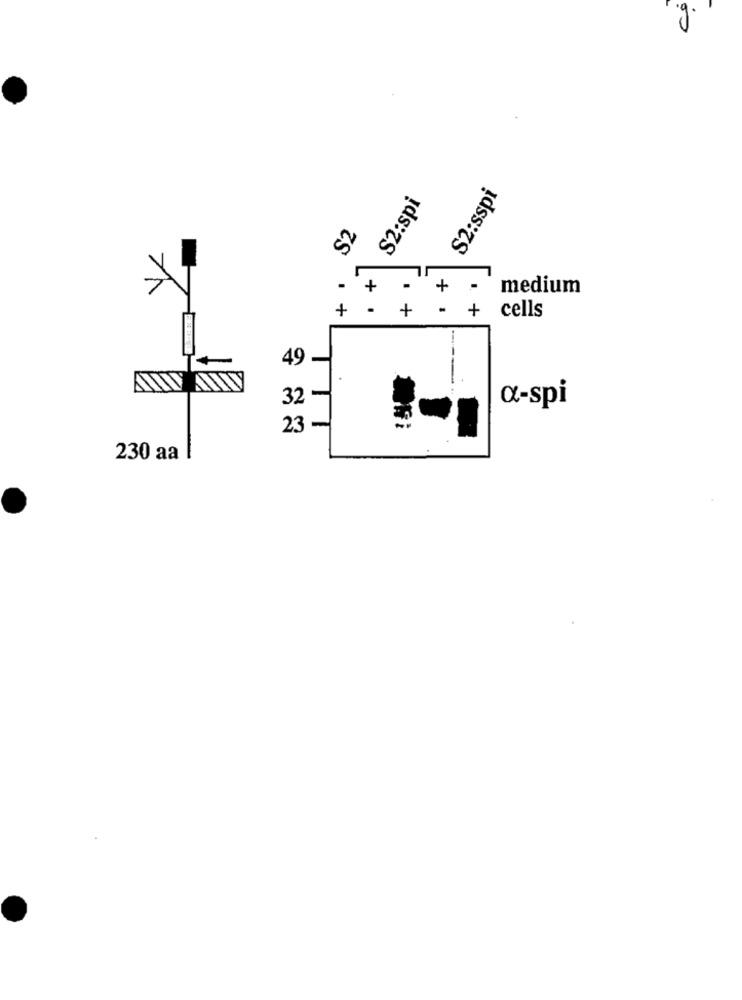
S2:sspi
S2:spi
+
medium
+
.
+
-
cells
+
49
32
T
a-spi
23 -
230 aa